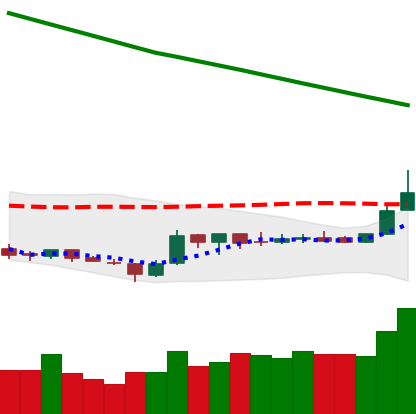
Ticker: ETC-USD
Chart end date: 2019-02-19
Forward return: -8.713%
Label: down_7plus